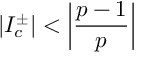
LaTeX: \left| I _ { c } ^ { \pm } \right| < \left| \displaystyle \frac { p - 1 } { p } \right|